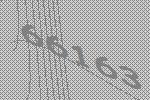
66163